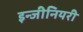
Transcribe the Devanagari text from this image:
इन्जीनियरी